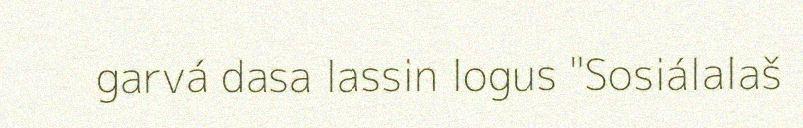
garvá dasa lassin logus "Sosiálalaš